Document type: Sale
Year: 1326
Scribe: Bartomeu Marc
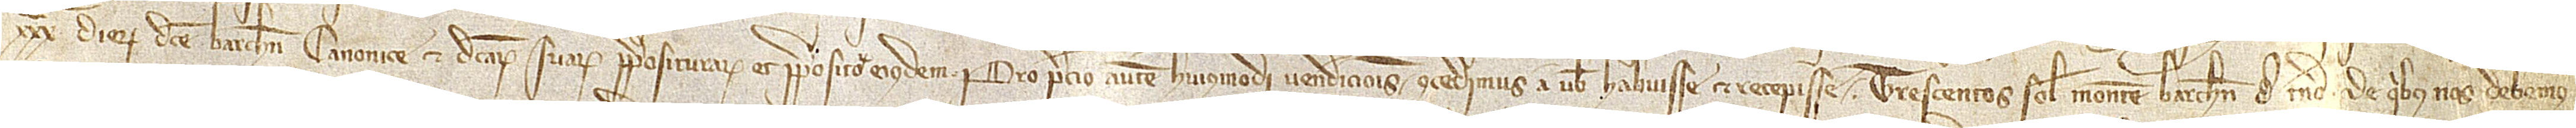
XXXª dierum dicte Barchinonensis Canonice et dictarum suarum prepositurarum et prepositorum eiusdem. Pro precio autem huiusmodi vendicionis concedimus a vobis habuisse et recepisse trescentos solidos monete Barchinone de terno, de quibus nos debemus